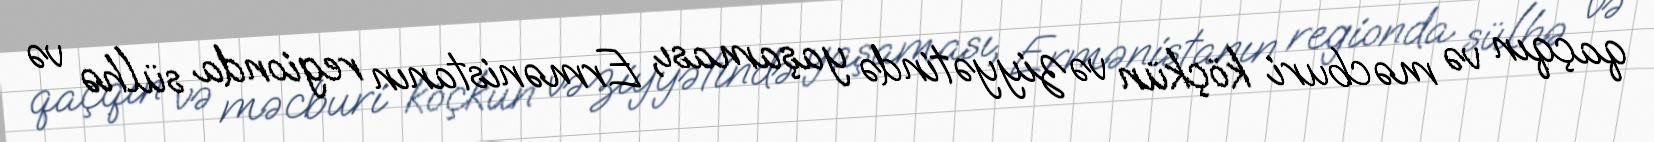
qaçqın və məcburi köçkün vəziyyətində yaşaması, Ermənistanın regionda sülhə və